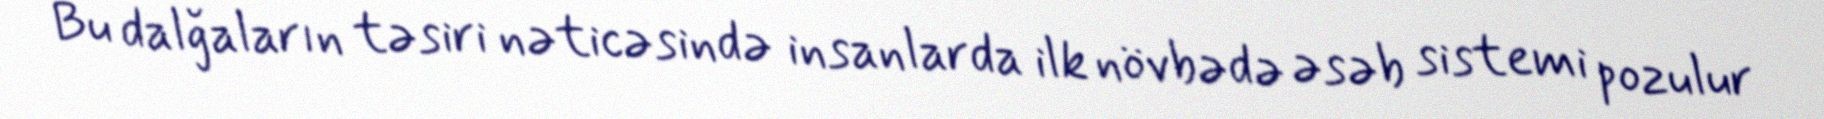
Bu dalğaların təsiri nəticəsində insanlarda ilk növbədə əsəb sistemi pozulur